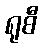
ရုစီ